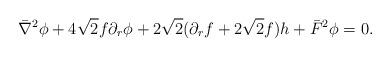
LaTeX: \begin{align*}\bar \nabla^2 \phi + 4 \sqrt 2 f \partial_r \phi + 2 \sqrt 2 (\partial_r f+ 2 \sqrt2 f) h+ \bar F^2 \phi = 0.\end{align*}